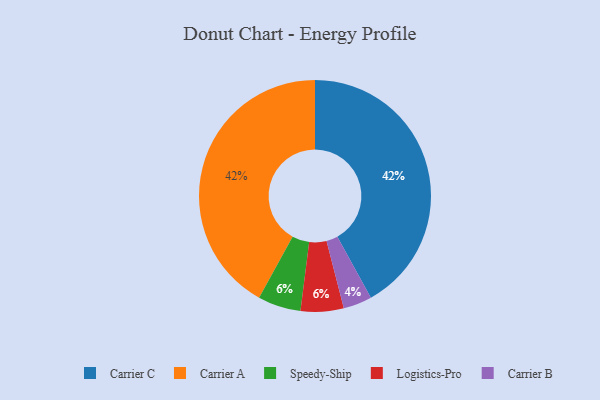
{"axis": {"x": "Category", "y": "Percentage"}, "legend": ["Carrier A", "Carrier B", "Carrier C", "Logistics-Pro", "Speedy-Ship"], "data": [{"x": "Carrier C", "y": 42, "type": "Carrier C"}, {"x": "Carrier B", "y": 4, "type": "Carrier B"}, {"x": "Carrier A", "y": 42, "type": "Carrier A"}, {"x": "Speedy-Ship", "y": 6, "type": "Speedy-Ship"}, {"x": "Logistics-Pro", "y": 6, "type": "Logistics-Pro"}]}